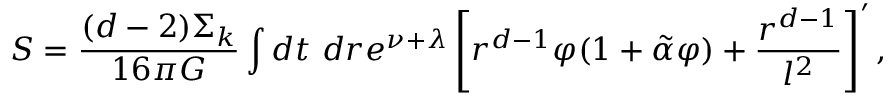
S = \frac { ( d - 2 ) \Sigma _ { k } } { 1 6 \pi G } \int d t \ d r e ^ { \nu + \lambda } \left[ r ^ { d - 1 } \varphi ( 1 + \tilde { \alpha } \varphi ) + \frac { r ^ { d - 1 } } { l ^ { 2 } } \right] ^ { \prime } ,